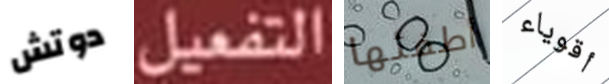
دوتش التفعيل أطفئها أقوياء